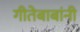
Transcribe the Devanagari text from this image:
गीतेबाबांनी